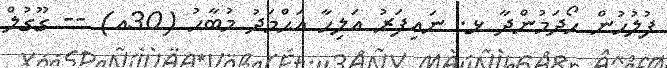
ފުލުހުން ހޯދަމުންދާ ޅ. ނައިފަރު އަލިހާ އަޙްމަދު މުބާހު (30އ) -- ގޫގުލް